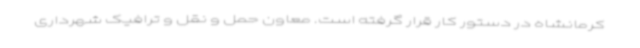
کرمانشاه در دستور کار قرار گرفته است. معاون حمل و نقل و ترافیک شهرداری